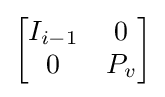
{\begin{bmatrix}I_{i-1}&0\\0&P_{v}\end{bmatrix}}